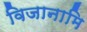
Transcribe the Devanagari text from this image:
विजानामि